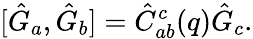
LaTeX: [\hat{G}_{a},\hat{G}_{b}]=\hat{C}_{ab}^{c}(q)\hat{G}_{c}.